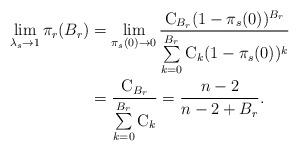
LaTeX: \begin{align*}\lim\limits_{\lambda_s^{} \to 1} {\pi_r(B_r)} & =\lim\limits_{\pi_s(0) \to 0} \frac{\mathrm{C}_{B_r} (1-\pi_s(0))^{B_r}}{\sum\limits_{k=0}^{B_r}{\mathrm{C}_k}(1-\pi_s(0))^k} \\& =\frac{\mathrm{C}_{B_r}}{\sum\limits_{k=0}^{B_r}{\mathrm{C}_k}}=\frac{n-2}{n-2+B_r}. \end{align*}